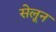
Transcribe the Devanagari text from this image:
सेलून